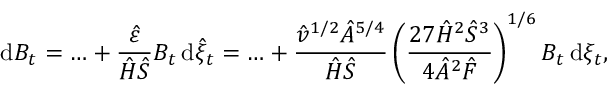
\, \mathrm { d } B _ { t } = \ldots + \frac { \hat { \varepsilon } } { \hat { H } \hat { S } } B _ { t } \, \mathrm { d } \hat { \xi } _ { t } = \ldots + \frac { \hat { v } ^ { 1 / 2 } \hat { A } ^ { 5 / 4 } } { \hat { H } \hat { S } } \left( { \frac { 2 7 \hat { H } ^ { 2 } \hat { S } ^ { 3 } } { 4 \hat { A } ^ { 2 } \hat { F } } } \right) ^ { 1 / 6 } B _ { t } \, \mathrm { d } \xi _ { t } ,